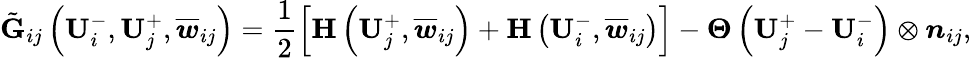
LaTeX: \tilde{\mathbf{G}}_{ij}\left(\mathbf{U}_{i}^{-},\mathbf{U}_{j}^{+},\overline{{\boldsymbol{w}}}_{ij}\right)=\frac{1}{2}\left[\mathbf{H}\left(\mathbf{U}_{j}^{+},\overline{{\boldsymbol{w}}}_{ij}\right)+\mathbf{H}\left(\mathbf{U}_{i}^{-},\overline{{\boldsymbol{w}}}_{ij}\right)\right]-\boldsymbol{\Theta}\left(\mathbf{U}_{j}^{+}-\mathbf{U}_{i}^{-}\right)\otimes\boldsymbol{n}_{ij},